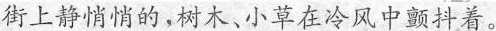
街上静悄悄的，树木、小草在冷风中颤抖着。